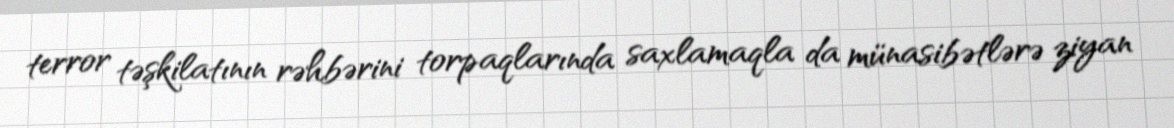
terror təşkilatının rəhbərini torpaqlarında saxlamaqla da münasibətlərə ziyan